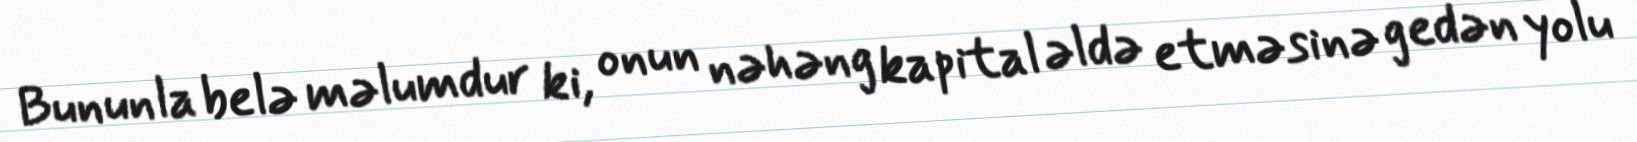
Bununla belə məlumdur ki, onun nəhəng kapital əldə etməsinə gedən yolu